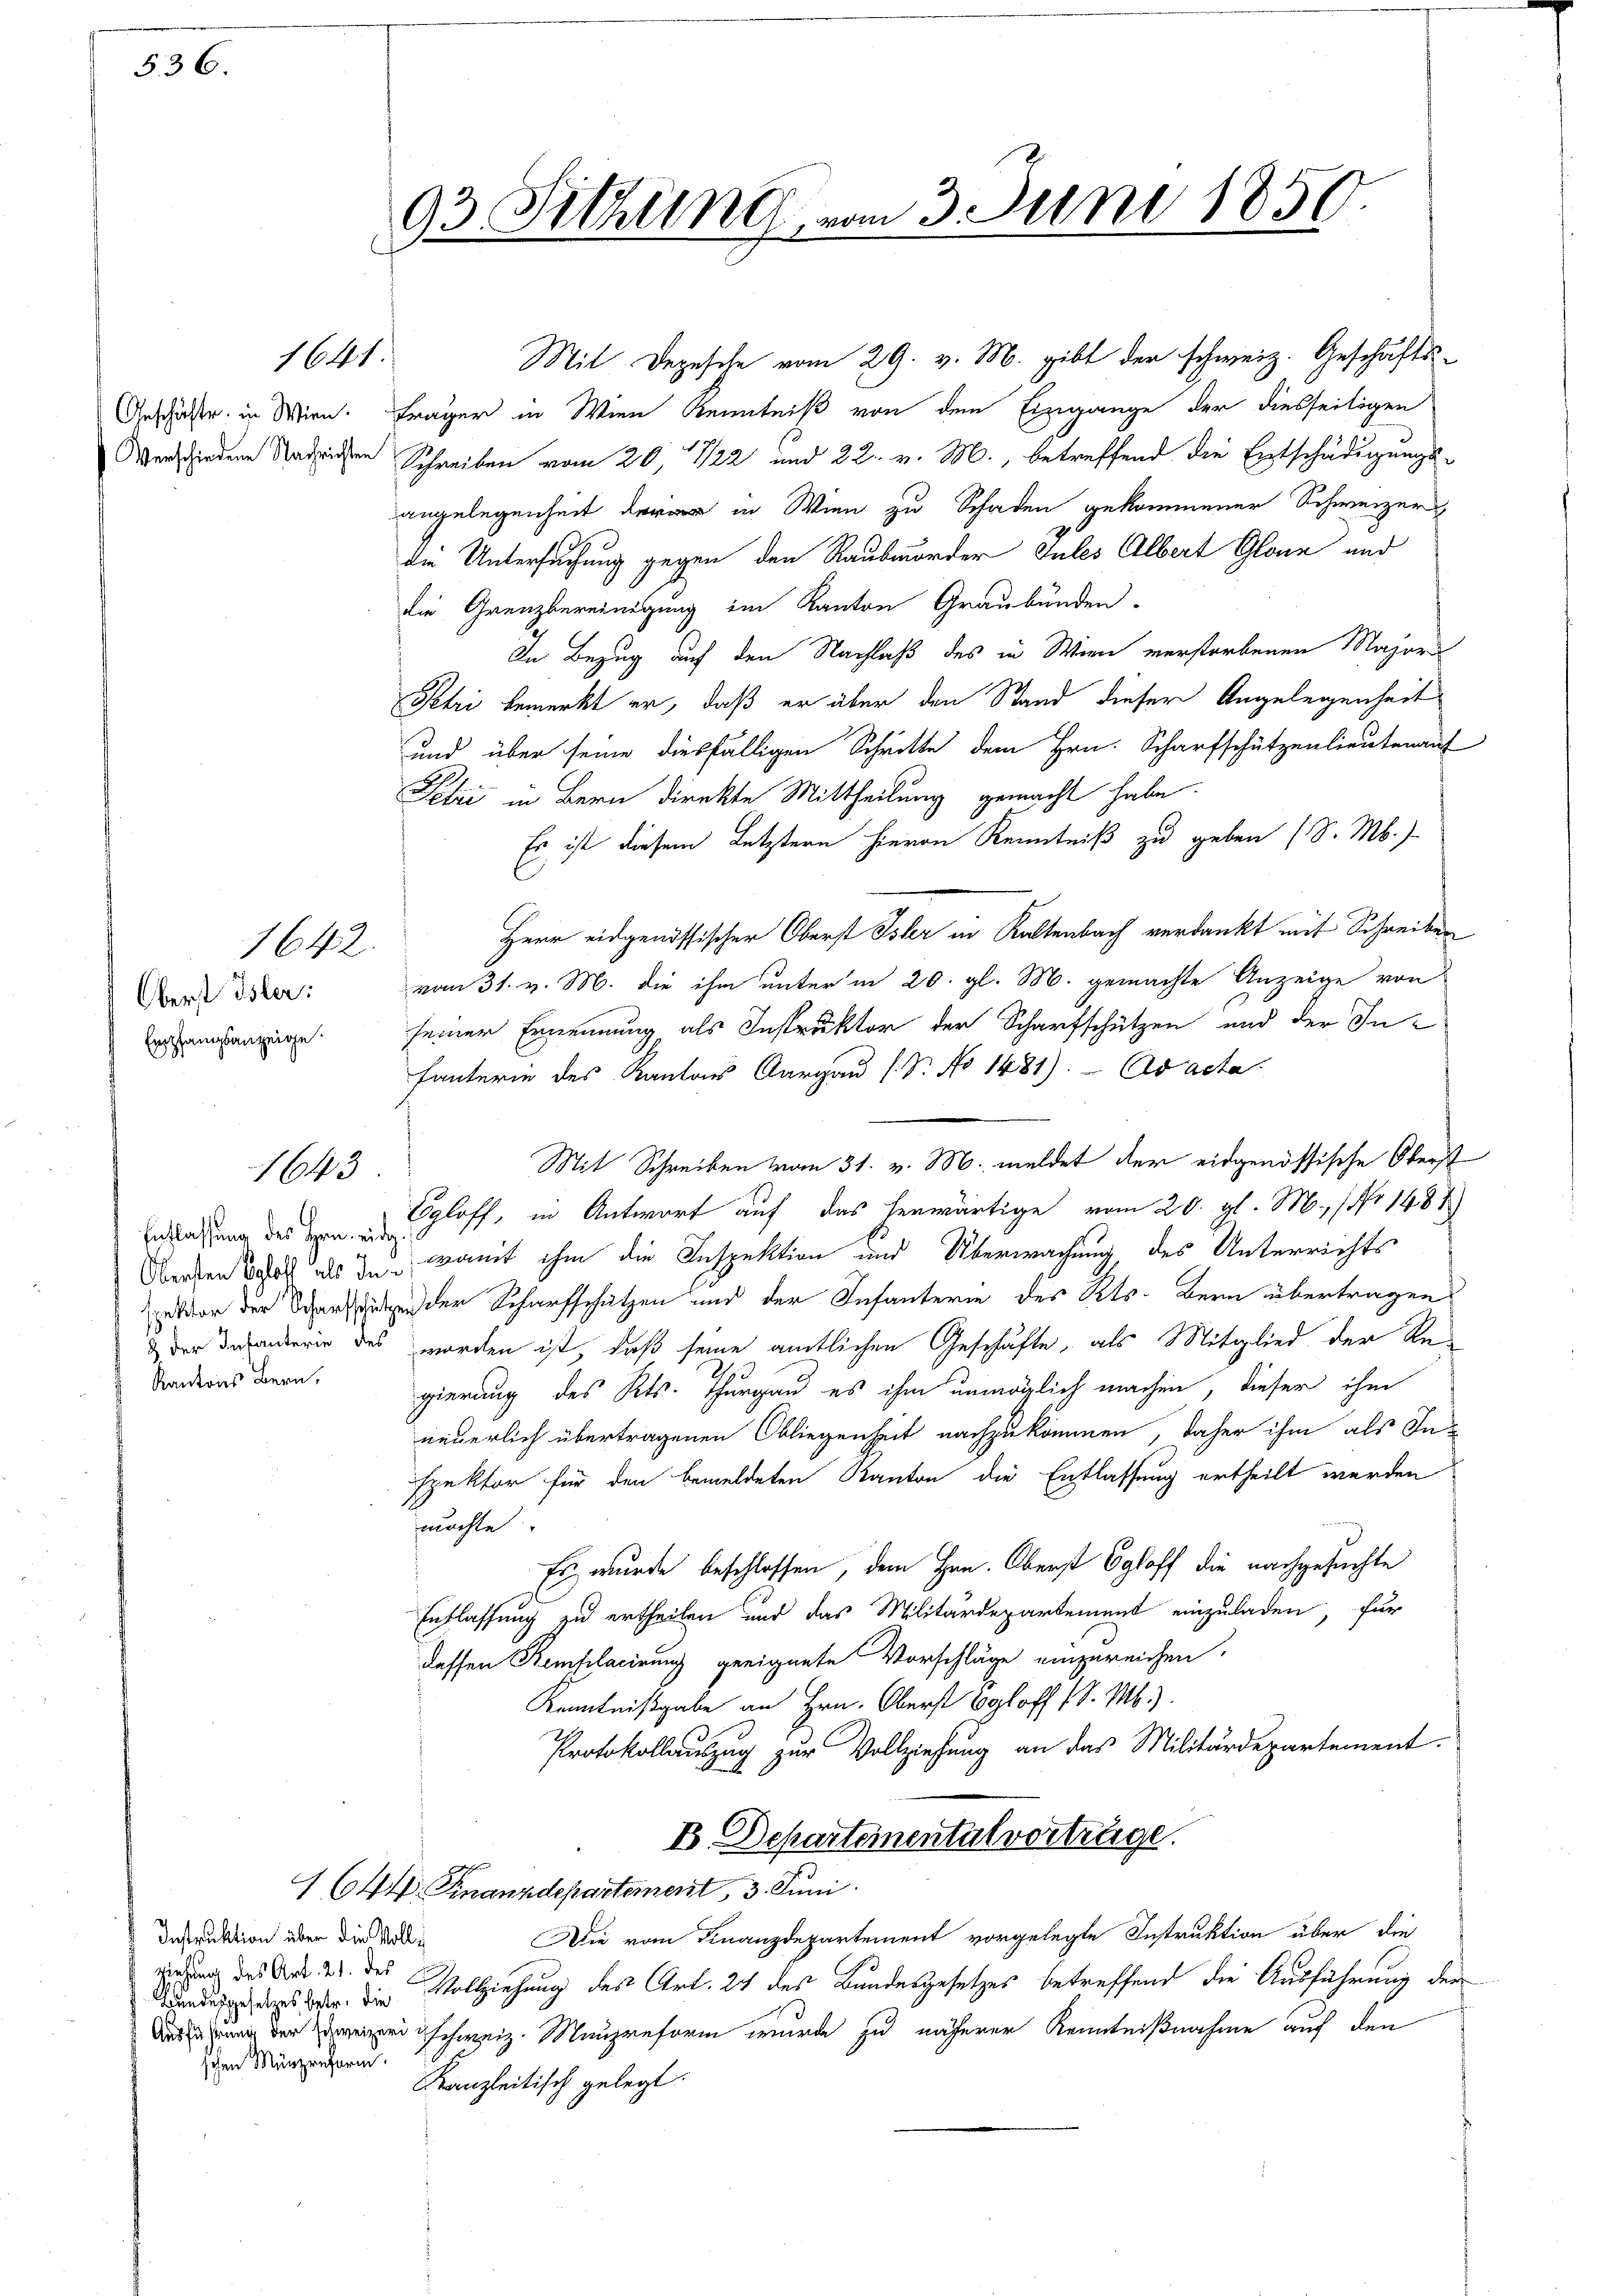
536.

Geschäfte in Wien.

1641.

1642.

Oberst Isler:
Empfangsanzeige

1643

Entlassung des Hrn. eidg
Kantons Bern,

Instruktion über die Vollziehung des Art. 21. des
schen Münzreform.

.

Mit Depesche vom 29. v. M. gibt der schweiz. Geschäfts-
Frager in Wien Kenntniß von dem Eingange der diesseitigen
Averschiedene Sachen Schreiben vom 20. 122 und 22. v. M., betreffend die Entschädigungsangelegenheit der in Wien zu Schaden gekommener Schweizer
die Untersuchung gegen den Raubmorder Gutes Albert Glane und
die Grenzbereinigung im Kanton Graubünden.
In Bezug auf den Nachlaß des in Wien verstorbenen Major
Petri bemerkt er, daß er über den Stand dieser Angelegenheit
und über seine diesfälligen Schritte dem Hrn. Scharfschützenlieutenauf
Petri in Bern direkte Mittheilung gemacht habe.
Es ist diesem Letztern hievon Kenntniß zu geben (S. M.)
Herr eidgenössischer Oberst Isler in Kaltenbach verdankt mit Schreiben
vom 31. v. M. die ihm unter in 20. gl. M. gemachte Anzeige von
seiner Ernennung als Instruktor der Scharfschützen und der In-
fanterin des Kantons Aargau (Dr. No 1481). Ad acta
Mit Schreiben vom 31. v. M. meldet der eidgenössische Oberst
Egloff, in Antwort auf das herwärtige vom 20. gl. M., Nr 1481
Obersten   womit ihm die Inspektion und Überwachung, des Unterrichts
evor der Versten der Scharfschützen und der Infanterie des Kts. Bern übertragen
der Insonderin des worden ist, daß seine amtlichen Geschäfte, als Mitglied der Regierung des Kts. Thurgau es ihm unmöglich machen, dieser ihm
neuerlich übertragenen Obliegenheit nachzukommen, daher ihm als Inspektor für den bemeldeten Kanton die Entlassung ertheilt werden
möchte
Es wurde beschlossen, dem Hrn. Oberst Egloff die nachgesuchte
Entlassung zu ertheilen und das Militärdepartement einzuladen, für
dessen Remplacirung geeignete Vorschläge einzureichen.
Kenntnißgabe an Hrn. Oberst Egloff 1 S. M.)
Protokollauszug zur Vollziehung an das Militärdepartement.
B Departemental vortrüge.
1644. Finanzdepartement, 3. Juni
Die vom Finanzdepartement vorgelegte Instruktion über die
enuss dar. Die Vollziehung des Art. 24 des Bundesgesetzes betreffend die Ausführung der
eschweiz. Mangeform wurde zu näherer Kenntnißnahme auf den
Kanzleitisch gelegt.

93 Sitzung, vom 3. Juni 1850.